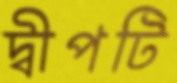
দ্বীপটি